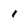
Character: 1